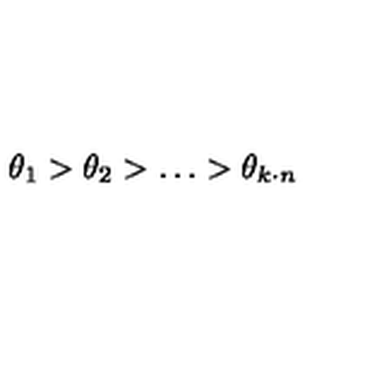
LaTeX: \theta _ { 1 } > \theta _ { 2 } > \ldots > \theta _ { k \cdot n }